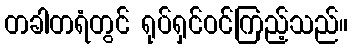
တခါတရံတွင် ရုပ်ရှင်ဝင်ကြည့်သည်။